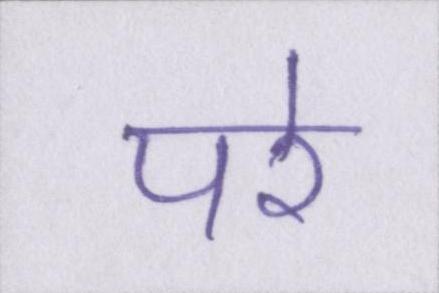
परे